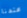
عندنا